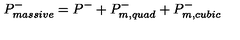
P _ { m a s s i v e } ^ { - } = P ^ { - } + P _ { m , q u a d } ^ { - } + P _ { m , c u b i c } ^ { - }